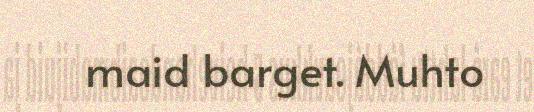
maid barget. Muhto